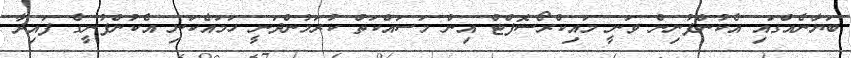
ބަޔާނެއްގައި އެކުންފުނިން ވަނީ މައިކްރޯސޮފްޓް އިން މަސައްކަތް ކުރަމުންދަނީ ހަމައެކަނި އެކުންފުނީގެ ފައިދާ